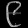
Digit: ၉